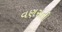
વણસતી